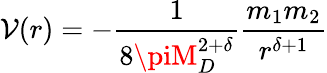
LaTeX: \mathcal{V}(r)=-\frac{{1}}{{8\piM_{D}^{2+\delta}}}\frac{{m_{1}m_{2}}}{{r^{\delta+1}}}